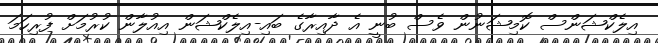
އިލެކްޝަންސް ކޮމިޝަނުން ވެސް ބުނީ އެ ދާއިރާގެ ބައި-އިލެކްޝަން އިއުލާން ކުރުމަށް ފުރިހަމަ